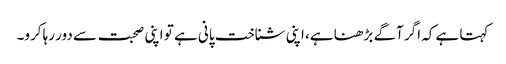
کہتا ہے کہ اگر آگے بڑھنا ہے، اپنی شناخت پانی ہے تو اپنی صحبت سے دور رہا کرو۔